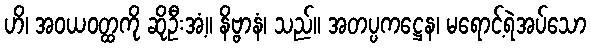
ဟိ၊ အဝယဝတ္ထကို ဆိုဦးအံ့။ နိဗ္ဗာနံ၊ သည်။ အတပ္ပကဋ္ဌေန၊ မရောင့်ရဲအပ်သော